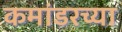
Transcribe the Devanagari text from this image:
कमांडरच्या